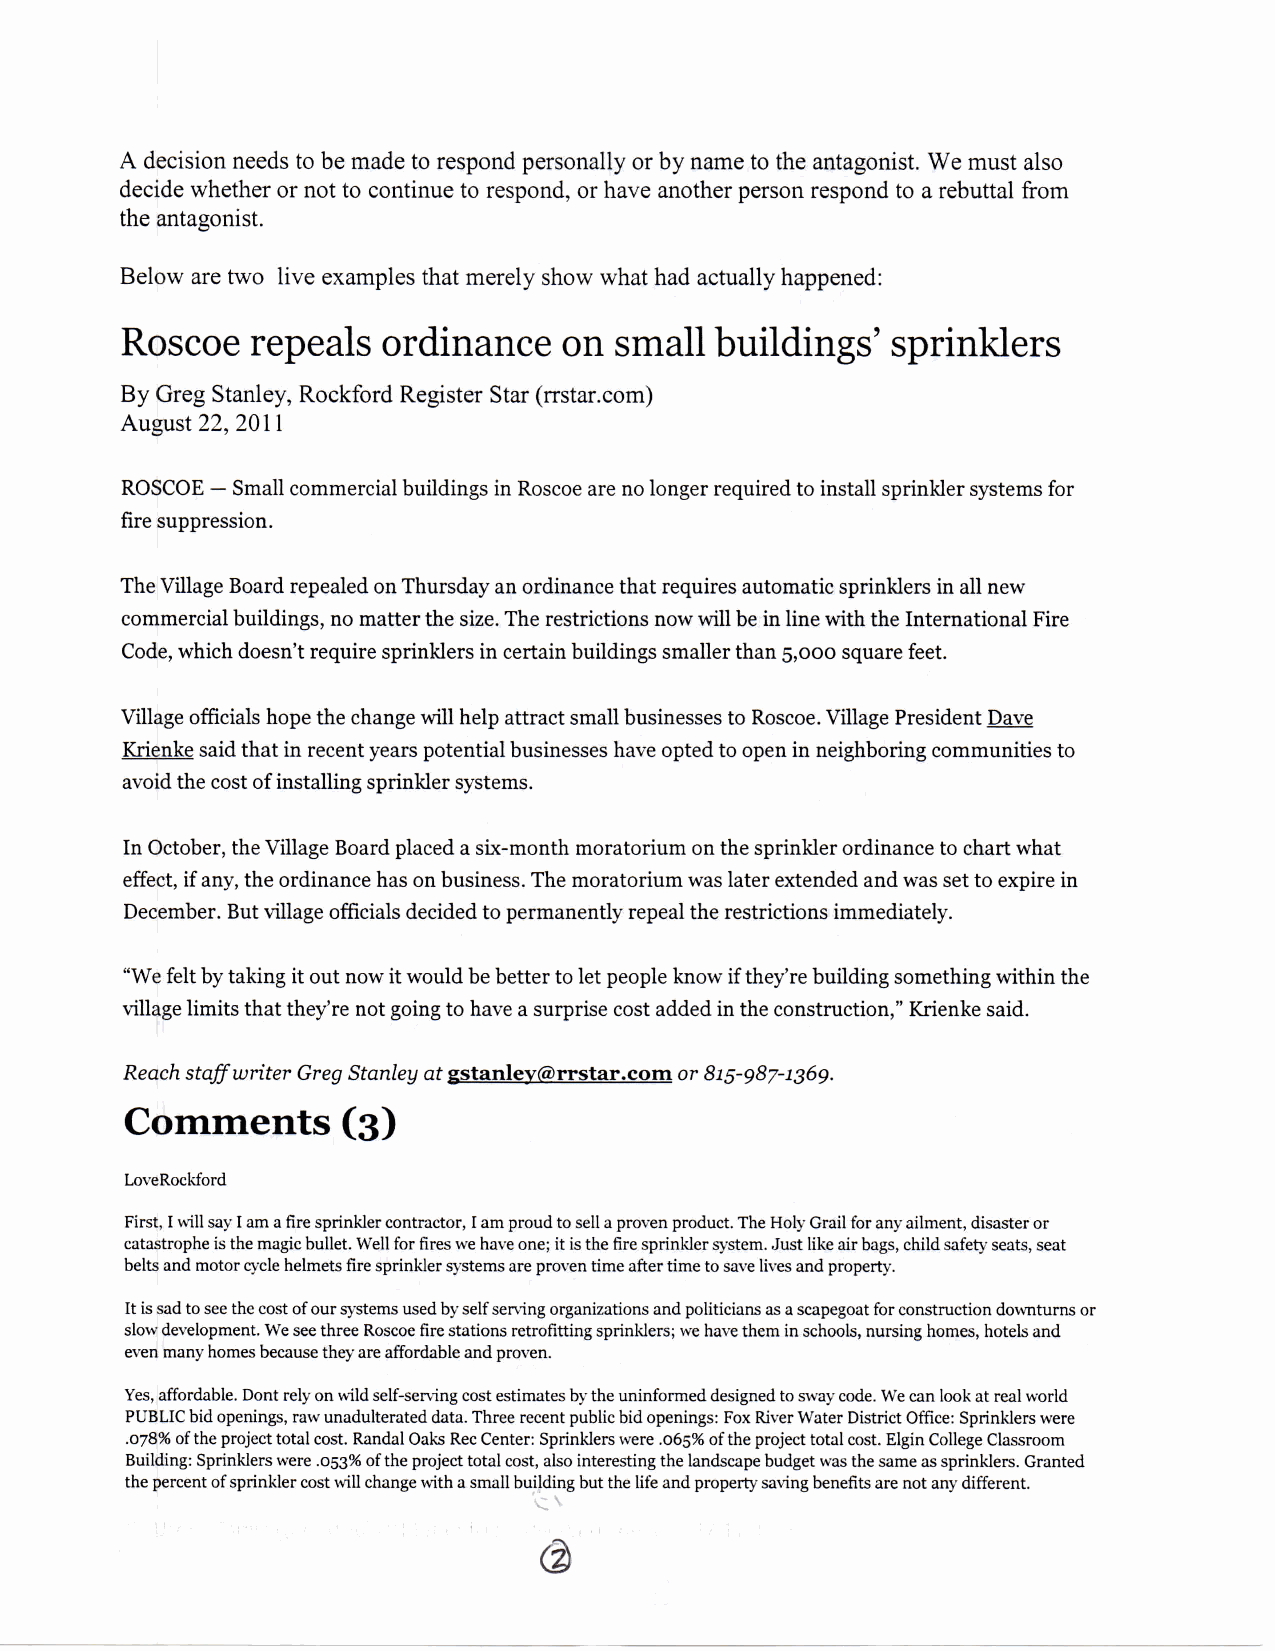
A decision needs to be made to respond personally or by name to the antagonist. We must also
 decide whether or not to continue to respond, or have another person respond to a rebuttal from
 the antagonist.
 Below are two live examples that merely show what had actually happened:
 Roscoe   repeals  ordinance   on small  buildings' sprinklers
 By Greg Stanley, Rockford Register Star (rrstar.com)
 August 22, 2011
 ROSCOE — Small commercial buildings in Roscoe are no longer required to install sprinkler systems for
 fire suppression.
 The Village Board repealed on Thursday an ordinance that requires automatic sprinklers in all new
 commercial buildings, no matter the size. The restrictions now will be in line with the International Fire
 Code, which doesn't require sprinklers in certain buildings smaller than 5,000 square feet.
 Village officials hope the change will help attract small businesses to Roscoe. Village President Dave
 Krienke said that in recent years potential businesses have opted to open in neighboring communities to
 avoid the cost of installing sprinkler systems.
 In October, the Village Board placed a six-month moratorium on the sprinkler ordinance to chart what
 effect, if any, the ordinance has on business. The moratorium was later extended and was set to expire in
 December. But village officials decided to permanently repeal the restrictions immediately.
 "We felt by taking it out now it would be better to let people know if they're building something within the
 village limits that they're not going to have a surprise cost added in the construction," Krienke said.
 Reach staff writer Greg Stanley at gstanlev(S>rrstar.com or 815-987-1369.
 Comments      (3)
 LoveRockford
 First, I will say I am a fire sprinkler contractor, I am proud to sell a proven product. The Holy Grail for any ailment, disaster or
 catastrophe is the magic bullet. Well for fires we have one; it is the fire sprinkler system. Just like air bags, child safety seats, seat
 belts and motor cycle helmets fire sprinkler systems are proven time after time to save lives and property.
 It is sad to see the cost of our systems used by self serving organizations and politicians as a scapegoat for construction downturns or
 slow development. We see three Roscoe fire stations retrofitting sprinklers; we have them in schools, nursing homes, hotels and
 even many homes because they are affordable and proven.
 Yes, affordable. Dont rely on wild self-serving cost estimates by the uninformed designed to sway code. We can look at real world
 PUBLIC bid openings, raw unadulterated data. Three recent public bid openings: Fox River Water District Office: Sprinklers were
 .078% of the project total cost. Randal Oaks Rec Center: Sprinklers were .065% of the project total cost. Elgin College Classroom
 Building: Sprinklers were .053% of the project total cost, also interesting the landscape budget was the same as sprinklers. Granted
 the percent of sprinkler cost will change with a small building but the life and property saving benefits are not any different.